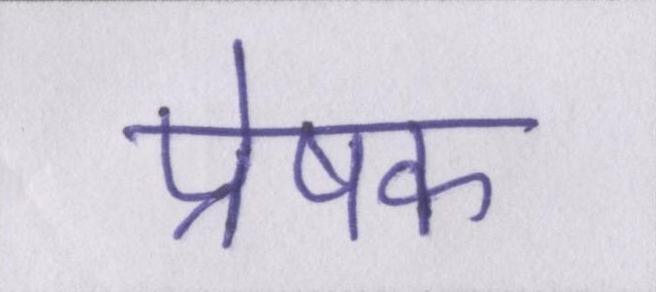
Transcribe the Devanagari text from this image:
प्रेषक